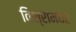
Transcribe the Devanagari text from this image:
विश्रामघर